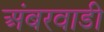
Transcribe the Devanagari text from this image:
अंबरवाडी